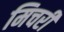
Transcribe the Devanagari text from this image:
मिचरी